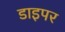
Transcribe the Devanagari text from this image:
डाइपर